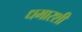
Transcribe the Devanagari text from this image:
धमारशी